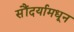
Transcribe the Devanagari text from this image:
सौंदर्यामधून